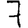
Digit: 7